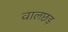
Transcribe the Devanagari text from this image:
वालछड़